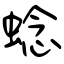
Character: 𬠖